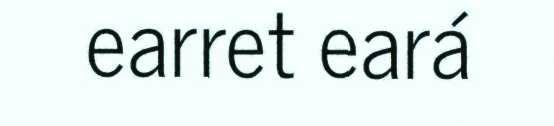
earret eará